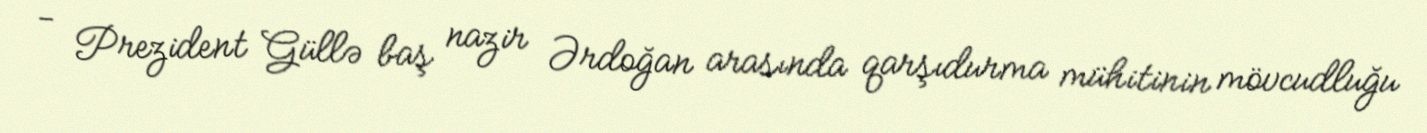
- Prezident Güllə baş nazir Ərdoğan arasında qarşıdurma mühitinin mövcudluğu